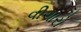
વીચારો